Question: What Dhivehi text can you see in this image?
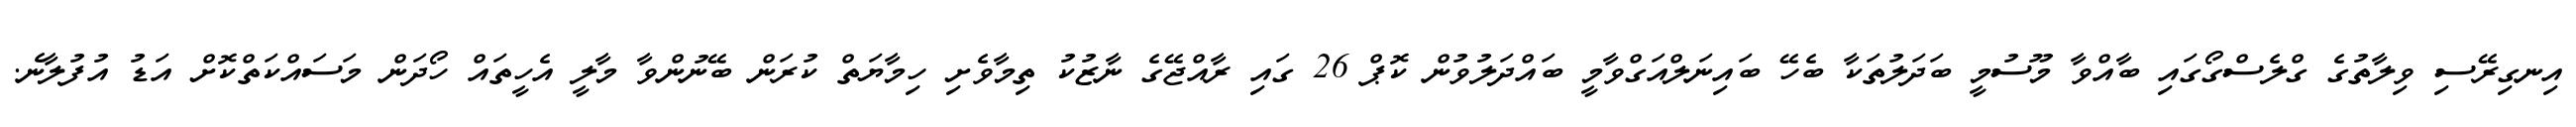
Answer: އިނގިރޭސި ވިލާތުގެ ގްލެސްގޯގައި ބާއްވާ މޫސުމީ ބަދަލުތަކާ ބެހޭ ބައިނަލްއަގްވާމީ ބައްދަލުވުން ކޮޕް 26 ގައި ރާއްޖޭގެ ނާޒުކު ތިމާވެށި ހިމާޔަތް ކުރަން ބޭނުންވާ މާލީ އެހީތައް ހޯދަން މަސައްކަތްކޮށް އަޑު އުފުލާނެ.